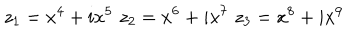
z _ { 1 } = x ^ { 4 } + i x ^ { 5 } \, \, z _ { 2 } = x ^ { 6 } + i x ^ { 7 } \, \, z _ { 3 } = x ^ { 8 } + i x ^ { 9 }